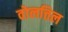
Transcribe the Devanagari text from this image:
वोलत्तिल